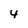
Character: 4